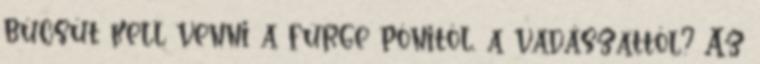
búcsút kell venni a fürge pónitól, a vadászattól? Az